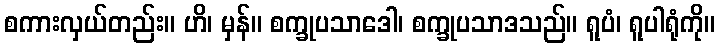
စကားလှယ်တည်း။ ဟိ၊ မှန်။ စက္ခုပသာဒေါ၊ စက္ခုပသာဒသည်။ ရူပံ၊ ရူပါရုံကို။